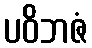
ပဝိဘဇံ